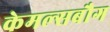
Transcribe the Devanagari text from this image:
केमल्सबौग